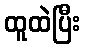
ထူထဲပြီး